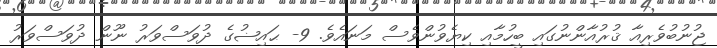
ޖުނުބުވެރިއާ ޤުރުއާންނުގައި ބީހުމާއި ކިޔެވުންވެސް މަނައެވެ. 9- ޙައިޟުގެ ދުވަސްވަރު ނޫން ދުވަސްވަރު